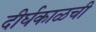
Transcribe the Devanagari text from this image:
दीर्घकाळची